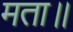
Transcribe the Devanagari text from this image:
मता॥